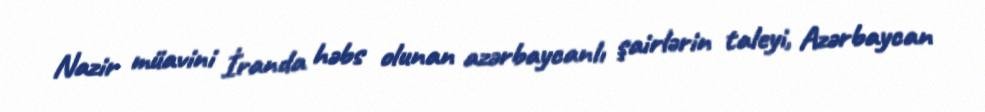
Nazir müavini İranda həbs olunan azərbaycanlı şairlərin taleyi, Azərbaycan